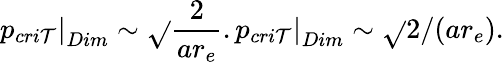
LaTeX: \left.p_{cri\mathcal{T}}\right|_{Dim}\sim\sqrt{}{{\frac{{2}}{{ar_{e}}}}}.\left.p_{cri\mathcal{T}}\right|_{Dim}\sim\sqrt{}{{2/({ar_{e}})}}.